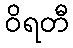
ဝိရတီ